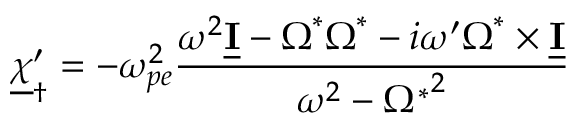
\underline { { \boldsymbol \chi } } _ { \dagger } ^ { \prime } = - \omega _ { p e } ^ { 2 } \frac { \omega ^ { 2 } \underline { { \mathbf I } } - \boldsymbol \Omega ^ { * } \boldsymbol \Omega ^ { * } - i \omega ^ { \prime } \boldsymbol \Omega ^ { * } \times \underline { { \mathbf I } } } { \omega ^ { 2 } - { \Omega ^ { * } } ^ { 2 } }